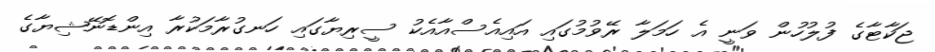
ޖަކާޓާގެ ފުލުހުން ވަނީ އެ ހަމަލާ ރޭވުމުގައި އައިއެސްއާއެކު ސީރިޔާގައި ހަނގުރާމަކުރާ އިންޑޮނޭޝިޔާގެ